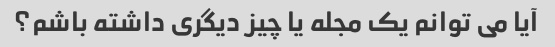
آیا می توانم یک مجله یا چیز دیگری داشته باشم؟